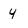
Character: 4